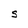
Character: S